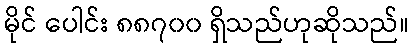
မိုင် ပေါင်း ၈၈၇၀၀ ရှိသည်ဟုဆိုသည်။